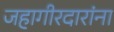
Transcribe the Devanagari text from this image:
जहागीरदारांना